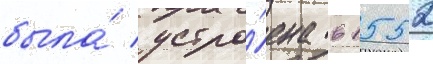
была́ устро́ена в 1552